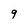
Character: 9